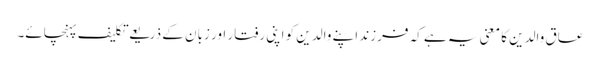
عاق والدین کا معنی یہ ہے کہ فرزند اپنے والدین کو اپنی رفتار اور زبان کے ذریعے تکلیف پہنچائے۔